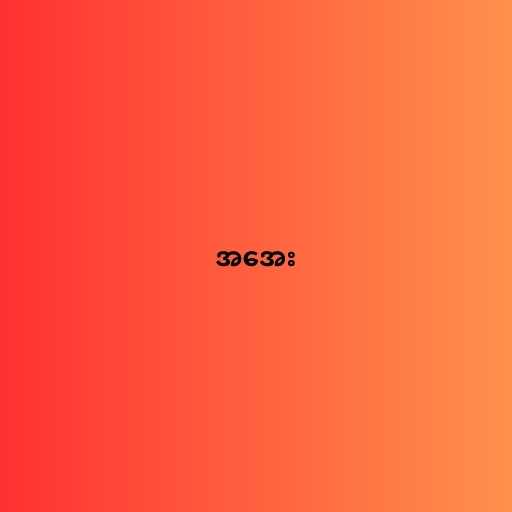
အအေး